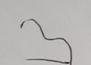
Signature authenticity: forged